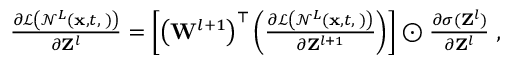
\begin{array} { r } { \frac { \partial \mathcal { L } \left( \mathcal { N } ^ { L } ( { \bf x } , t , { \bf \phi } ) \right) } { \partial { \bf Z } ^ { l } } = \left[ \left( { \bf W } ^ { l + 1 } \right) ^ { \top } \left( \frac { \partial \mathcal { L } \left( \mathcal { N } ^ { L } ( { \bf x } , t , { \bf \phi } ) \right) } { \partial { \bf Z } ^ { l + 1 } } \right) \right] \odot \frac { \partial \sigma ( { \bf Z } ^ { l } ) } { \partial { \bf Z } ^ { l } } \; , } \end{array}